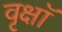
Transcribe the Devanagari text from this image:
वृक्षॉ